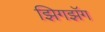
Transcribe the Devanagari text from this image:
झिगझॅग